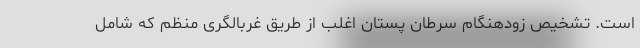
است. تشخیص زودهنگام سرطان پستان اغلب از طریق غربالگری منظم که شامل